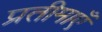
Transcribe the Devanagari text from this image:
प्रतीमाएँ